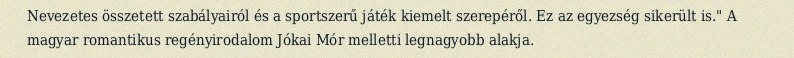
Nevezetes összetett szabályairól és a sportszerű játék kiemelt szerepéről. Ez az egyezség sikerült is." A magyar romantikus regényirodalom Jókai Mór melletti legnagyobb alakja.